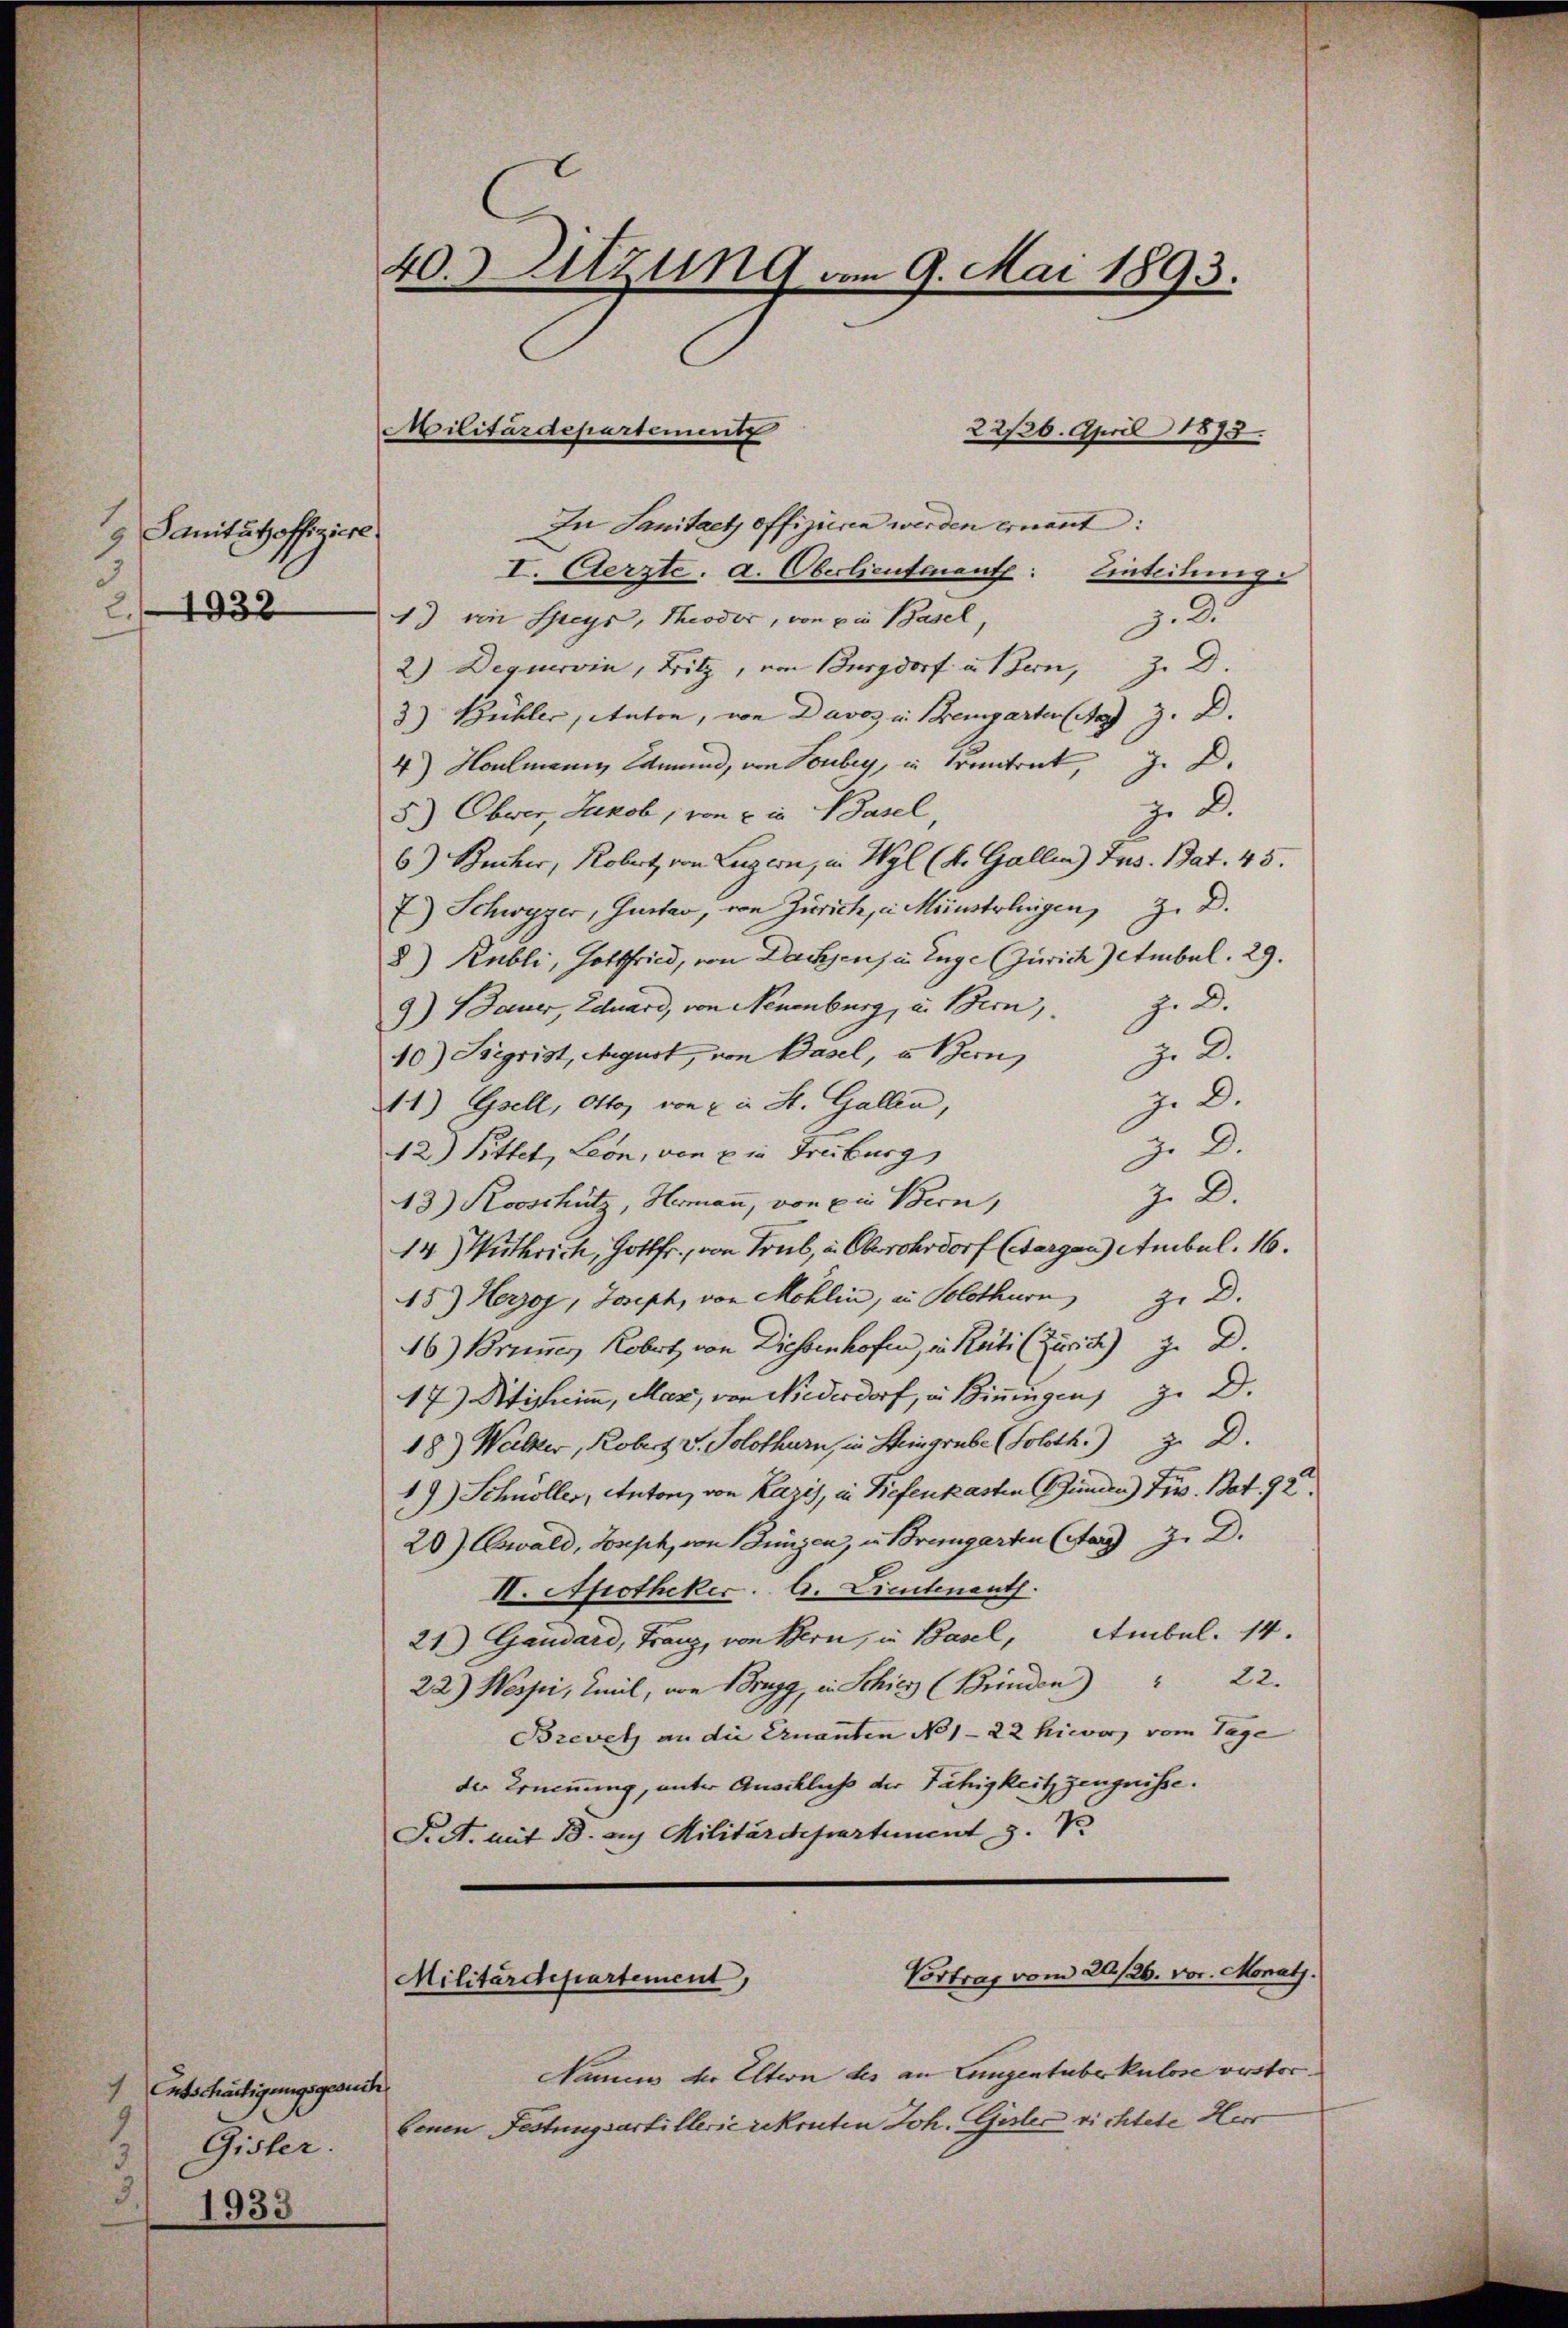
Sanitätsoffiziere
1932
2.

Entschäftigungsgesuch.
1
Gisler
1933

40. Sitzung vom 9. Mai 1893.

22/26. April 1873
In Sanitaet offizieren werden ernannt:
I. Aerzte. a. Oberlieutnant: Einteilung
z. 3.
1) ein Speys, Theodor, von Die Basel
2.) Degurvin, Fritz, von Burgdorf u. Bern, z. D.
3) Bühler, Anton, von Davos u. Bremgarten (S. 3. D
4) Houlmann, Samend, von Vorbey, in trantrat, z. B.
z. B.
5) Obwer, Jukob, von Ein Basel
6) Becker, Robert von Luzern, in Wyl (4. Gallen) Ius. Bat. 45.
E) Schwyzer, Gustav, von Zürich, in Münstelegen, z. B.
8.) Rubli, Gottfried, von Dachsens in Enge Zürich) Ambul. 29.
3) Dauer, Eduard, von Neuenburg, u. Bern, z. B.
10) Sigrist, August, von Basel, u. Bern,
J. A.
z. B.
11) Esell, Otto, von ein St. Gallen,
J. D.
12.) Pittet, Leon, von ein Freiburg,
z. D
43) Rooschütz, Hermann, von Ein Bern,
14) Wuthrich, Gottfr., von Treib, u. Oberohrdorf (Bargen Ambul. 16.
45.) Herzog, Joseph, von Mohlin, in Solothurn, z. D.
16) Brunnen Robert von Diessenhofen, in Reits (Zürich) zu D.
17) Stisheim, Mar, von Niederdorf, in Biningen zu D.
18) Walker, Robert v. Solothurn, in Steingrube (Soloth.) J. D.
19) Schnöller, Anton, von Kazis, in Befenkasten Gunden Fr. Bat. 92.
20) Ewald, Joseph, von Bingen, in Bremgarten (Aar Z. D.
II. Apotheker. A. Lieutenant.
21) Gaudard, Franz, von Bern, in Basel, Ambul. 14.
22) Wespi, Imil, von 1 Brugg, in Schier (Brinden) " 22.
Brevet an die Ernannten No 1-22 hierz vom Tage
der Ernennung, unter Anschlichs der Fähigkeit zeugnisse.
Sect. mit B. auf Militärdepartement z. B.

Militärdepartement

Vortrag vom 20./26. vor. Monath.
Militärdepartement,

Namens der Eltern des an Lungentuberkulose verstori
benen Festungsartillerierekruten Joh. Gisler richtete Herr